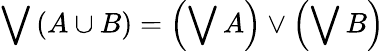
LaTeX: \bigvee\left(A\cup B\right)=\left(\bigvee A\right)\vee\left(\bigvee B\right)